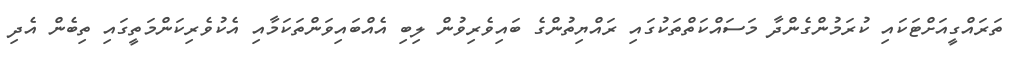
ތަރައްގީއަށްޓަކައި ކުރަމުންގެންދާ މަސައްކަތްތަކުގައި ރައްޔިތުންގެ ބައިވެރިވުން ލިބި އެއްބައިވަންތަކަމާއި އެކުވެރިކަންމަތީގައި ތިބެން އެދި